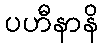
ပဟီနာနိ